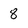
Character: 8